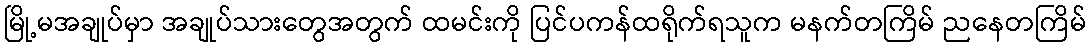
မြို့မအချုပ်မှာ အချုပ်သားတွေအတွက် ထမင်းကို ပြင်ပကန်ထရိုက်ရသူက မနက်တကြိမ် ညနေတကြိမ်